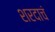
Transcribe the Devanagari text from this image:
शरदाचं